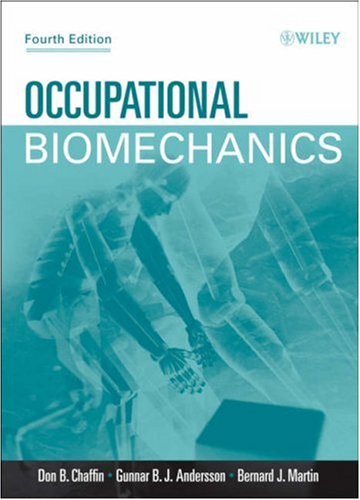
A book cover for Occupational Biomechanics; Don B. Chaffin; Medical Books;